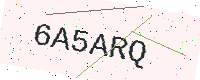
Text: 6A5ARQ